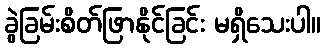
ခွဲခြမ်းစိတ်ဖြာနိုင်ခြင်း မရှိသေးပါ။